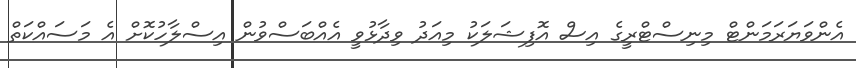
އެންވަޔަރަމަންޓް މިނިސްޓްރީގެ އިސް އޮފިޝަލަކު މިއަދު ވިދާޅުވީ އެއްބަސްވުން އިސްލާހުކޮށް އެ މަސައްކަތް